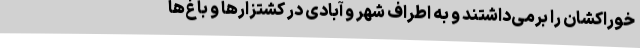
خوراکشان را برمی‌داشتند و به اطراف شهر و آبادی در کشتزارها و باغ‌ها